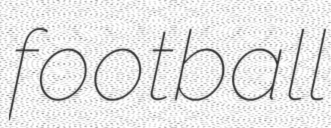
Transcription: football